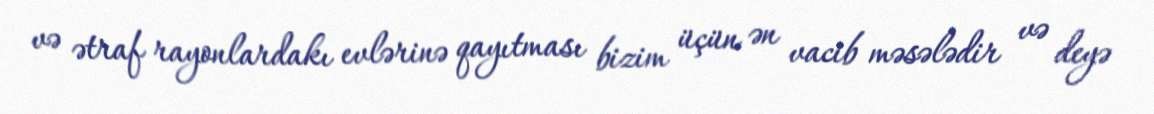
və ətraf rayonlardakı evlərinə qayıtması bizim üçün ən vacib məsələdir və deyə